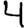
Digit: 4